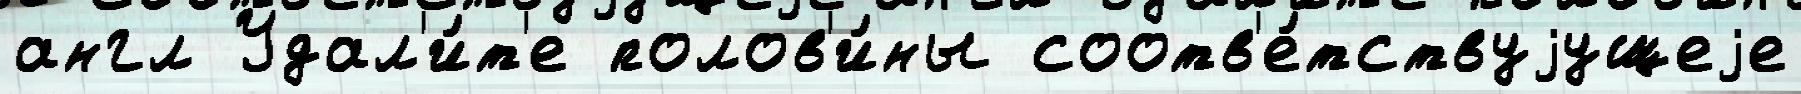
англ Удал'и́т'е полов'и́ны соотв'е́тствуjущеjе